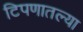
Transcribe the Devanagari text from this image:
टिपणातल्या